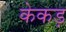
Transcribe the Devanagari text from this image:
केकड़